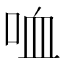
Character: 𠲣